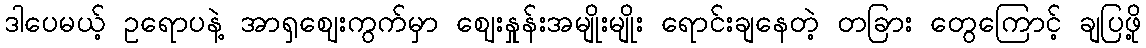
ဒါပေမယ့် ဥရောပနဲ့ အာရှဈေးကွက်မှာ ဈေးနှုန်းအမျိုးမျိုး ရောင်းချနေတဲ့ တခြား တွေကြောင့် ချပြဖို့